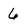
Character: 6